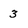
Character: 3